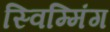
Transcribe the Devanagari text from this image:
स्विम्मिंग